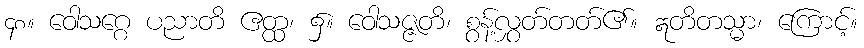
၄၈။ ဝေါသဂ္ဂေ ပညာတိ ဧတ္ထ၊ ၌။ ဝေါသဇ္ဇတိ၊ စွန့်လွှတ်တတ်၏။ ဣတိတသ္မာ၊ ကြောင့်။